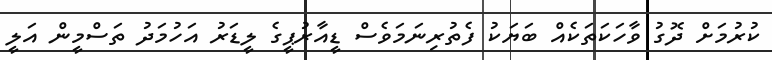
ކުރުމަށް ދޮގު ވާހަކަތަކެއް ބަޔަކު ފެތުރިނަމަވެސް ޑީއާރުޕީގެ ލީޑަރު އަހުމަދު ތަސްމީން އަލީ